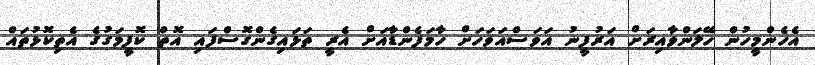
އެހެންމީހުން ހޭލަންވާއިރަށް އަރުފީނު އަވަސްއަވަހަށް ހާމަފެންޑާއަށް އެރީ ތަޅައިގެންގޮސްފައި އޮތް ކޮފީމަގުގެ އެތިކޮޅުތައް